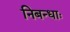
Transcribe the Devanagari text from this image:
निबन्धाः